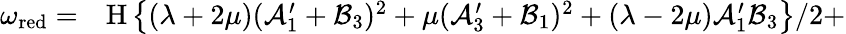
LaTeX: \begin{array}{rl}{\omega_{\textup{red}}=}&{{}\textup{H}\left\{ (\lambda+2\mu)(\mathcal{A}_{1}^{\prime}+\mathcal{B}_{3})^{2}+\mu(\mathcal{A}_{3}^{\prime}+\mathcal{B}_{1})^{2}+(\lambda-2\mu)\mathcal{A}_{1}^{\prime}\mathcal{B}_{3}\right\} /2+}\end{array}